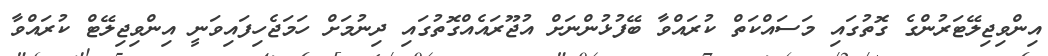
އިންވިޖިލޭޓަރުންގެ ގޮތުގައި މަސައްކަތް ކުރައްވާ ބޭފުޅުންނަށް އުޖޫރައެއްގޮތުގައި ދިނުމަށް ހަމަޖެހިފައިިވަނީ އިންވިޖިލޭޓް ކުރައްވާ